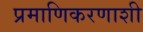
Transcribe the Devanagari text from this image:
प्रमाणिकरणाशी